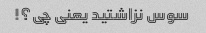
سوس نزاشتید یعنی چی؟!